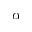
\alpha